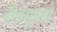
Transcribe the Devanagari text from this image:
बीचसूचना